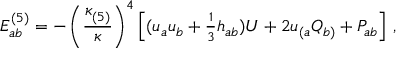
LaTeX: E _ { a b } ^ { ( 5 ) } = - \left( \frac { \kappa _ { ( 5 ) } ^ { } } { \kappa } \right) ^ { 4 } \left[ ( u _ { a } u _ { b } + \textstyle { \frac { 1 } { 3 } } h _ { a b } ) { \cal U } + 2 u _ { ( a } { \cal Q } _ { b ) } + { \cal P } _ { a b } \right] \, ,